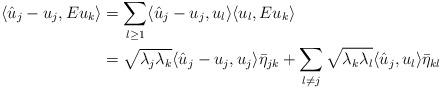
LaTeX: \begin{align*}\langle \hat u_j-u_j, Eu_k\rangle&=\sum_{l\geq 1}\langle \hat u_j-u_j,u_l\rangle\langle u_l, Eu_k\rangle\\&=\sqrt{\lambda_j\lambda_k}\langle \hat u_j-u_j,u_j\rangle\bar\eta_{jk} +\sum_{l\neq j}\sqrt{\lambda_k\lambda_l}\langle \hat u_j,u_l\rangle\bar\eta_{kl}\end{align*}